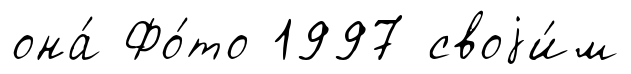
она́ Фо́то 1997 своjи́м